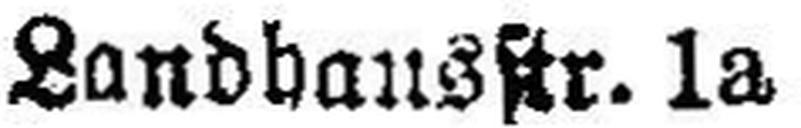
Landhausstr. 1a